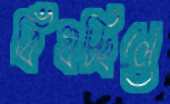
বিঁধচ্ছিলে